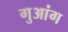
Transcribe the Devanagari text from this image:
गुआंग